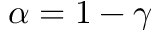
\alpha = 1 - \gamma